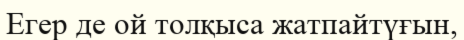
Егер де ой толқыса жатпайтүғын,